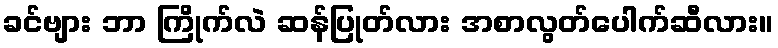
ခင်ဗျား ဘာ ကြိုက်လဲ ဆန်ပြုတ်လား အစာလွတ်ပေါက်ဆီလား။